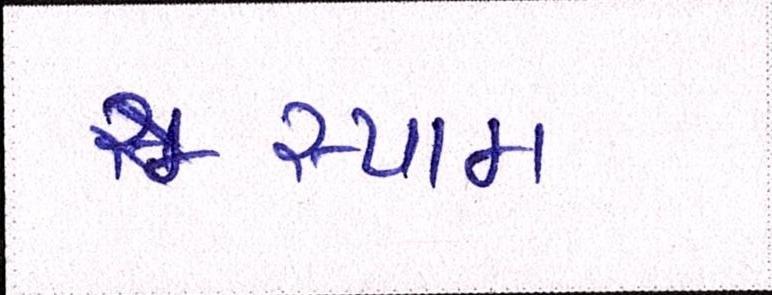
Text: સ્પામ